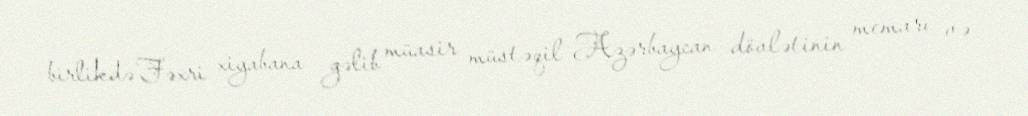
birlikdə Fəxri xiyabana gəlib müasir müstəqil Azərbaycan dövlətinin memarı və